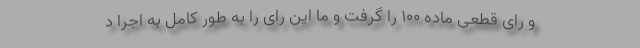
و رای قطعی ماده ۱۰۰ را گرفت و ما این رای را به طور کامل به اجرا د